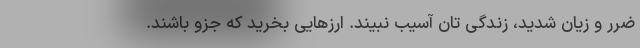
ضرر و زیان شدید، زندگی تان آسیب نبیند. ارزهایی بخرید که جزو باشند.